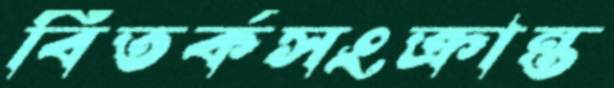
বিতর্কসংক্রান্ত